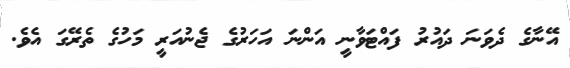
އޭނާގެ ދެވަނަ ދައުރު ފައްޓަވާނީ އަންނަ އަހަރުގެ ޖެނުއަރީ މަހުގެ ތެރޭގަ އެވެ.